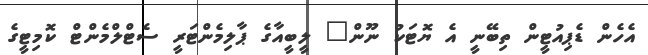
އެހެން ޑެޕިއުޓީން ތިބޭނީ އެ ޔޮޓަކު ނޫން" ލީބީއާގެ ޕާލިމެންޓަރީ ސެޓްލްމެންޓް ކޮމިޓީގެ